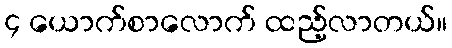
၄ ယောက်စာလောက် ထည့်လာတယ်။